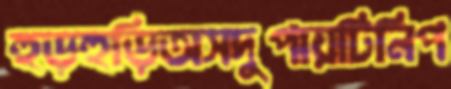
হুড়হুড়িঅসদুপায়টিনিপ